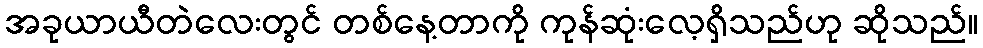
အခုယာယီတဲလေးတွင် တစ်နေ့တာကို ကုန်ဆုံးလေ့ရှိသည်ဟု ဆိုသည်။